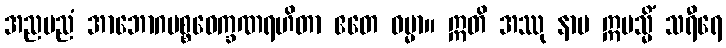
အညမညံ အာဘောဂပစ္စဝေက္ခဏရဟိတာ ဧတေ ဓမ္မာ။ ဣတိ အဿု နာမ ဣမသ္မိံ သရီရေ